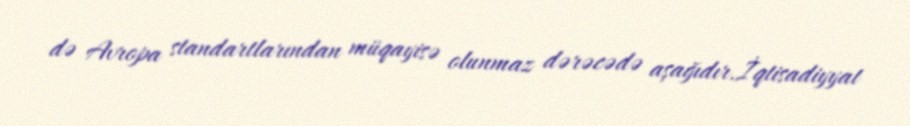
də Avropa standartlarından müqayisə olunmaz dərəcədə aşağıdır.İqtisadiyyat